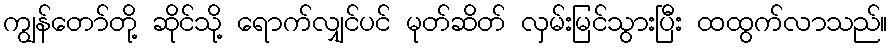
ကျွန်တော်တို့ ဆိုင်သို့ ရောက်လျှင်ပင် မုတ်ဆိတ် လှမ်းမြင်သွားပြီး ထထွက်လာသည်။